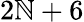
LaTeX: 2\mathbb{N}+6